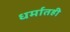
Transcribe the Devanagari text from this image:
धर्मातही